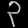
Digit: ၃